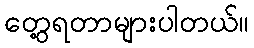
တွေ့ရတာများပါတယ်။